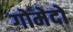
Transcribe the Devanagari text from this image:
गोमेदों